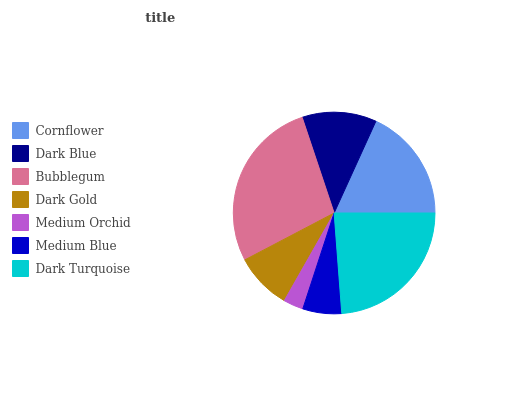
| Cornflower | Dark Blue | Bubblegum | Dark Gold | Medium Orchid | Medium Blue | Dark Turquoise |
 | --- | --- | --- | --- | --- | --- | --- |
 | 18.2% | 11.9% | 27.6% | 9.1% | 3.2% | 6.25% | 23.8% |